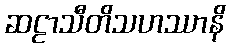
ဆဠာသီတိသဟဿာနိ